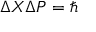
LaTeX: \Delta X \Delta P = \hbar